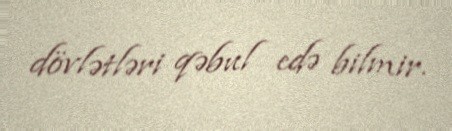
dövlətləri qəbul edə bilmir.